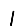
Digit: 1